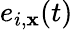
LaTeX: e_{i,\mathbf{x}}(t)